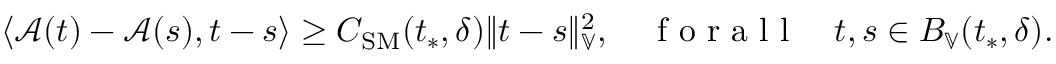
\langle \mathcal { A } ( t ) - \mathcal { A } ( s ) , t - s \rangle \ge C _ { \mathrm { S M } } ( t _ { * } , \delta ) \| t - s \| _ { \mathbb { V } } ^ { 2 } , \quad \mathrm { ~ f ~ o ~ r ~ a ~ l ~ l ~ } \quad t , s \in B _ { \mathbb { V } } ( t _ { * } , \delta ) .